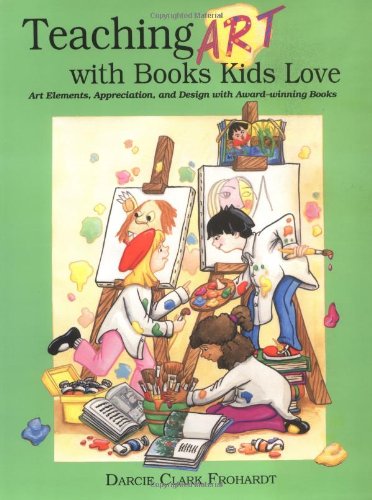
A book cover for Teaching Art with Books Kids Love: Art Elements, Appreciation, and Design with Award-Winning Books; Darcie Clark Frohardt; Teen & Young Adult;